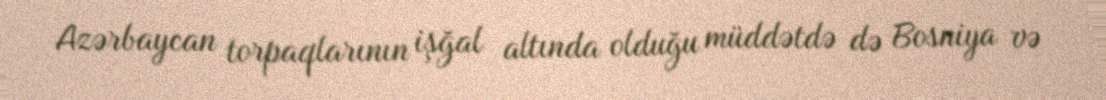
Azərbaycan torpaqlarının işğal altında olduğu müddətdə də Bosniya və